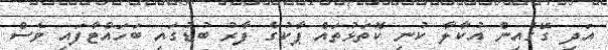
އަދި ގޭގެއިން އުކާލާ ކުނި ކޮތަޅުތައް ޕާކުގެ ފާރު ބުޑުގައި ބަހައްޓާފައި ވެސް